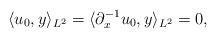
LaTeX: \begin{align*}\langle u_0, y \rangle_{L^2} = \langle \partial_x^{-1} u_0, y \rangle_{L^2} = 0,\end{align*}